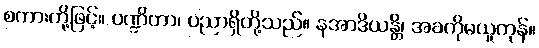
စကားတို့ဖြင့်။ ပဏ္ဍိတာ၊ ပညာရှိတို့သည်။ နအာဒိယန္တိ၊ အခကိုမယူကုန်။